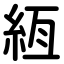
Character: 絚